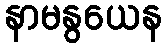
နာမနွယေန